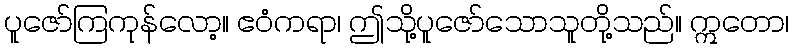
ပူဇော်ကြကုန်လော့။ ဧဝံကရာ၊ ဤသို့ပူဇော်သောသူတို့သည်။ ဣတော၊